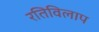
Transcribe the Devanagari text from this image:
रतिविलाप